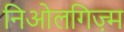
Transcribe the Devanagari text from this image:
निओलगिज़्म